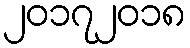
၂၀၁၇၂၀၁၈